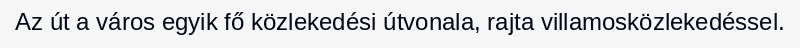
Az út a város egyik fő közlekedési útvonala, rajta villamosközlekedéssel.